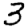
Digit: 3